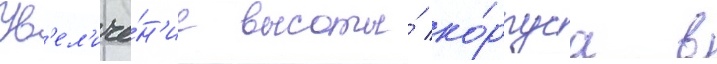
Ув'ел'иче́н'ие высоты́ ко́рпуса в